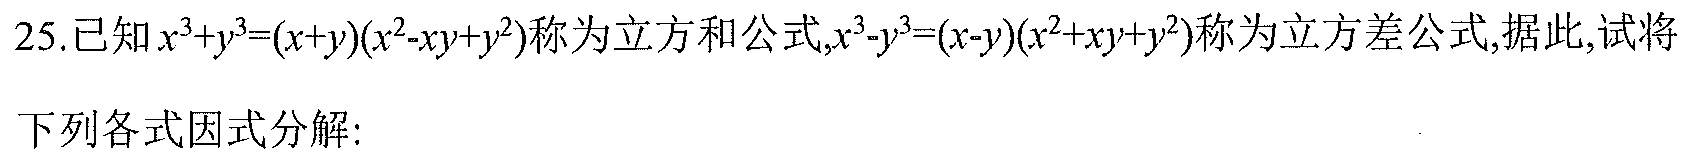
25.已知\(x^{3}+y^{3}=(x + y)(x^{2}-xy + y^{2})\)称为立方和公式,\(x^{3}-y^{3}=(x - y)(x^{2}+xy + y^{2})\)称为立方差公式,据此,试将
下列各式因式分解: